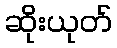
ဆိုးယုတ်